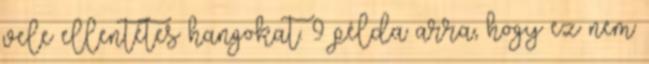
vele ellentétes hangokat. 9 példa arra, hogy ez nem